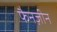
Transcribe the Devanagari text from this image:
फैनज़ीन